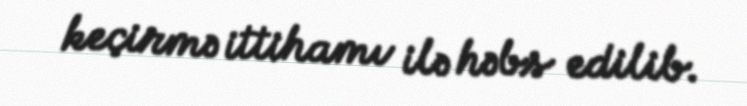
keçirmə ittihamı ilə həbs edilib.